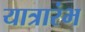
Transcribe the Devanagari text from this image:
यात्रारंभ